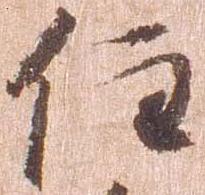
住